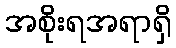
အစိုးရအရာရှိ